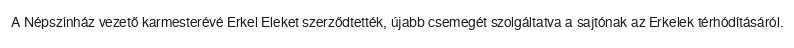
A Népszínház vezető karmesterévé Erkel Eleket szerződtették, újabb csemegét szolgáltatva a sajtónak az Erkelek térhódításáról.